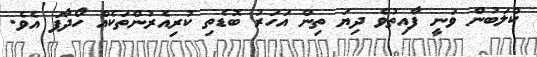
ކްލަބުން ވަނީ ފާއިތުވެ ދިޔަ ތިން އަހަރު ބޮޑެތި ކުރިއެރުންތަކެއް ހޯދާފަ އެވެ.